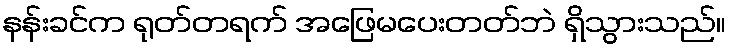
နန်းခင်က ရုတ်တရက် အဖြေမပေးတတ်ဘဲ ရှိသွားသည်။